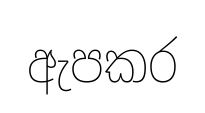
ඇපකර